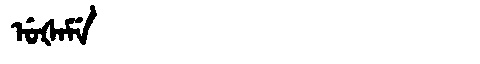
Manchu: ᡠᡧᠠᠮᡝ
Romanization: UŠAME